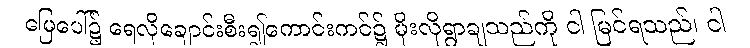
မြေပေါ်၌ ရေလိုချောင်းစီး၍ကောင်းကင်၌ မိုးလိုရွာချသည်ကို ငါ မြင်ရသည်၊ ငါ